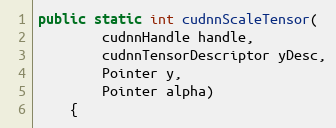
Language: Java
public static int cudnnScaleTensor(
        cudnnHandle handle,
        cudnnTensorDescriptor yDesc,
        Pointer y,
        Pointer alpha)
    {